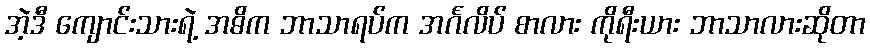
အဲ့ဒီ ကျောင်းသားရဲ့ အဓိက ဘာသာရပ်က အင်္ဂလိပ် စာလား ကိုရီးယား ဘာသာလားဆိုတာ